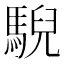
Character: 䮘